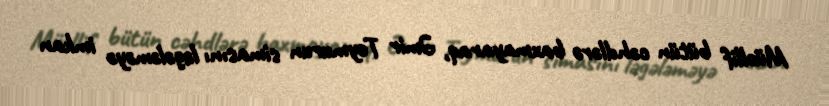
Müəllif bütün cəhdlərə baxmayaraq, Əmir Teymurun simasını ləgələməyə imkan